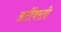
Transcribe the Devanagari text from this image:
अटींवरती